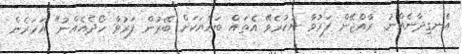
އެނގިދާނެއްނު. ރާއްޖޭން ފަރުވާ ނުކުރެވޭ އެތައް ބައްޔަކަށް ބޭރުން ފަރުވާ ހޯދެއެއްނު" އަހަރެން